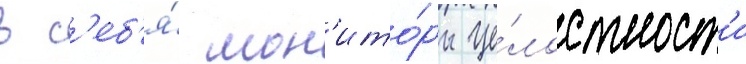
в с'еб'я́ мон'ито́ры це́лостност'и